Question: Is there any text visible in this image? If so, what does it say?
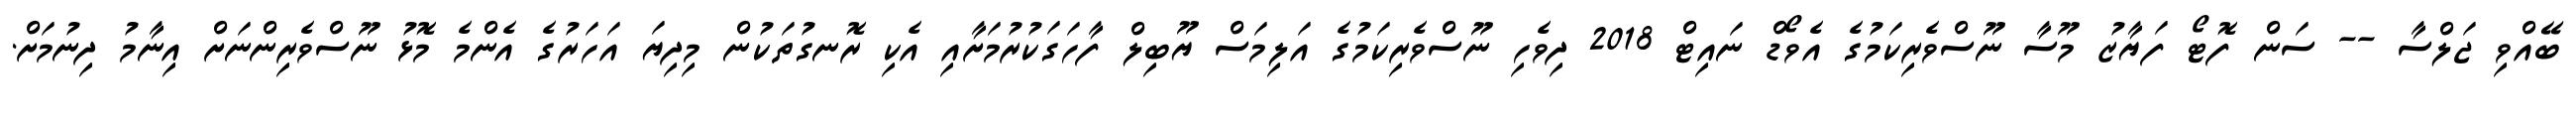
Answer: ބޭއްވި ޖަލްސާ -- ސަން ފޮޓޯ ފަޔާޒު މޫސާ ނޫސްވެރިކަމުގެ އެވޯޑް ނައިޓް 2018 ދިވެހި ނޫސްވެރިކަމުގެ އަލިމަސް ޔޫބިލް ފާހަގަކުރުމަށާއި އެކި ރޮނގުތަކުން މިދިޔަ އަހަރުގެ އެންމެ މޮޅު ނޫސްވެރިންނަށް އިނާމު ދިނުމަށް.